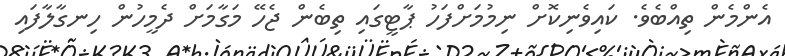
އެންމެން ތިއްބެވެ. ކައިވެނިކޮށް ނިމުމަށްފަހު ޕާޓީގައި ތިބެން ޖެހޭ މަގާމަށް ދެމީހުން ހިނގާލާފައި